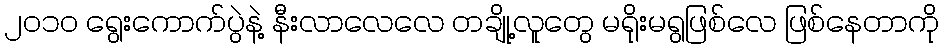
၂ဝ၁ဝ ရွေးကောက်ပွဲနဲ့ နီးလာလေလေ တချို့လူတွေ မရိုးမရွဖြစ်လေ ဖြစ်နေတာကို